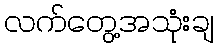
လက်တွေ့အသုံးချ